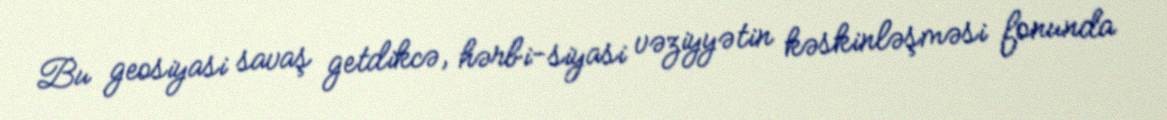
Bu geosiyasi savaş getdikcə, hərbi-siyasi vəziyyətin kəskinləşməsi fonunda